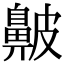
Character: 𪖞